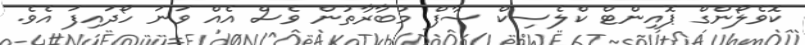
ކޮވެލޯންގް ޕޮއިންޓް ކްލެސިކް ސާފް މުބާރާތުން ވެސް އެއް ވަނަ ހޯދައިފަ އެވެ.